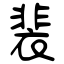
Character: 裴